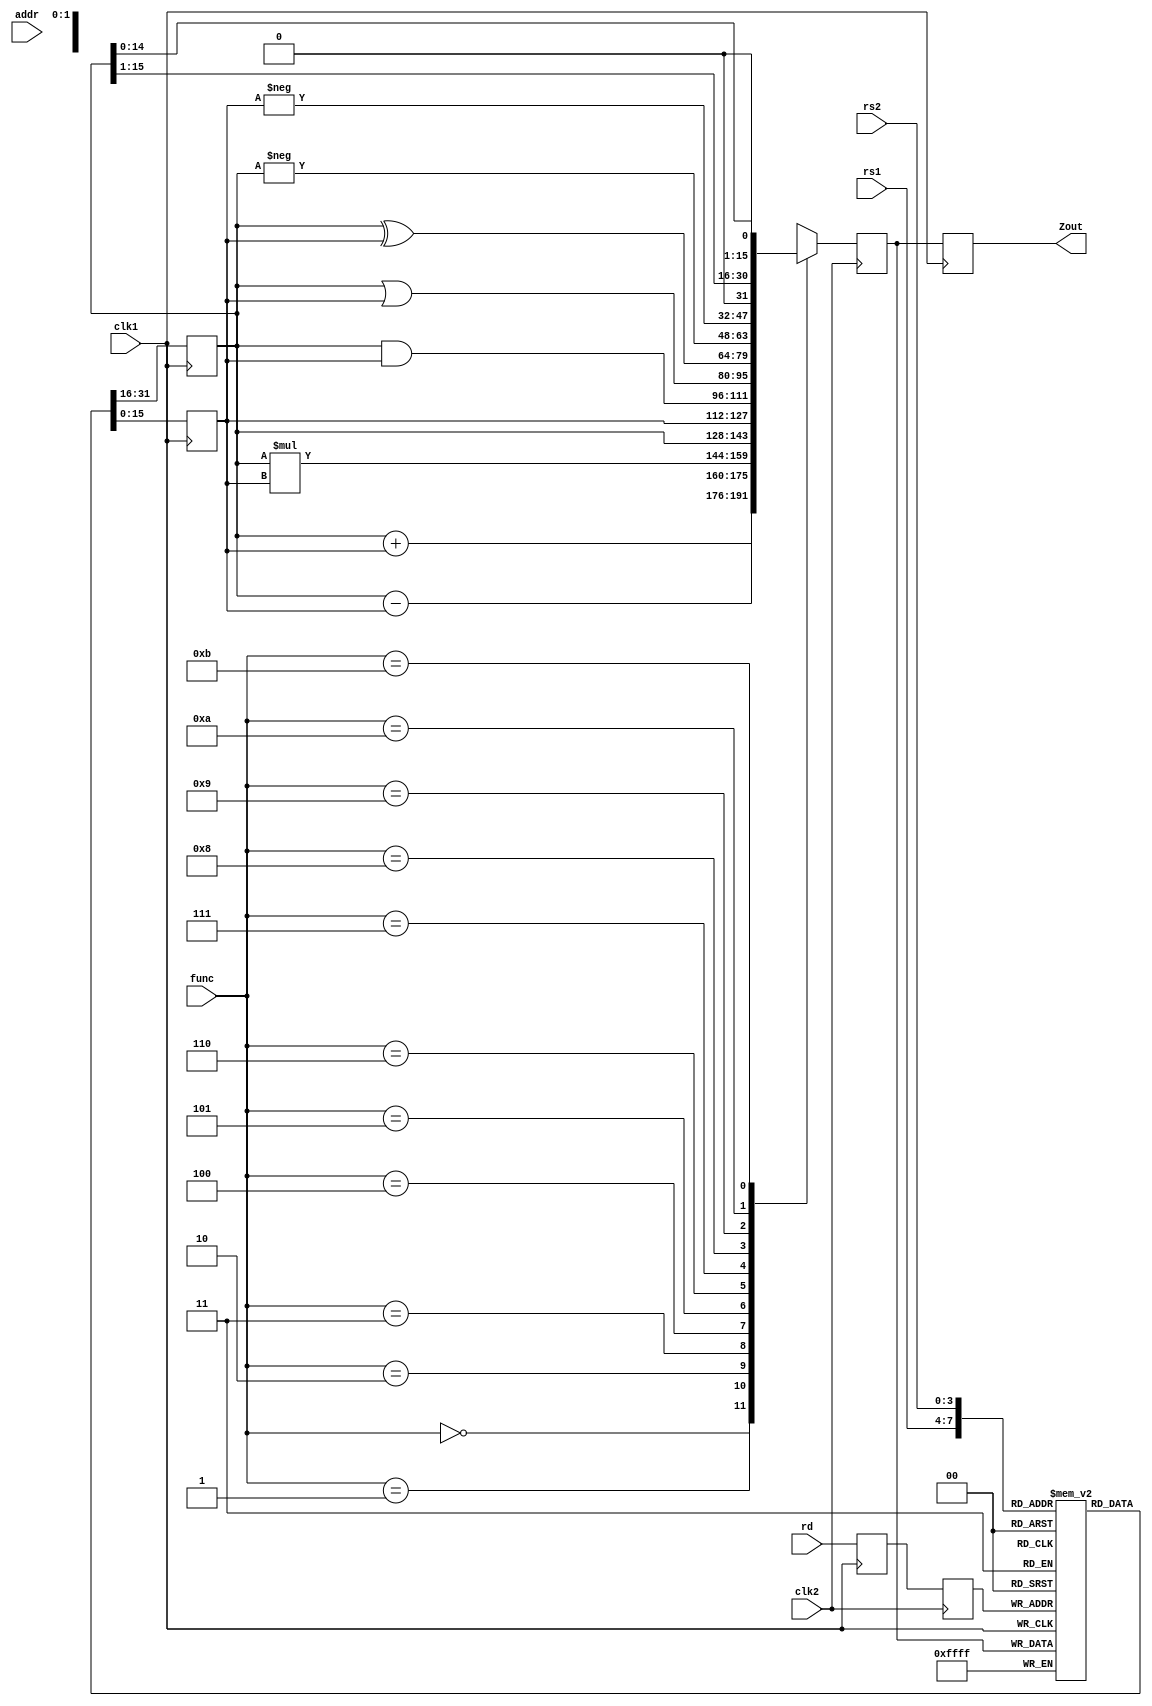
module pipe_ex2 (Zout, rs1, rs2, rd, func, addr, clk1, clk2);
input [3:0] rs1, rs2, rd, func;
input [7:0] addr;
input clk1, clk2; // Two-phase clock
output [15:0] Zout;
reg [15:0] L12_A, L12_B, L23_Z, L34_Z;
reg [3:0] L12_rd, L12_func, L23_rd;
reg [7:0] L12_addr, L23_addr, L34_addr;
reg [15:0] regbank [0:15]; // Register bank
reg [15:0] mem [0:255]; // 256 x 16 memory
assign Zout = L34_Z;

always @(posedge clk1)
begin
  L12_A <= #2 regbank[rs1];
  L12_B <= #2 regbank[rs2];
  L12_rd <= #2 rd;
  L12_func <= #2 func;
  L12_addr <= #2 addr; // ** STAGE 1 **
end

always @(negedge clk2)
begin
case (func)
  0: L23_Z <= #2 L12_A + L12_B;
  1: L23_Z <= #2 L12_A - L12_B;
  2: L23_Z <= #2 L12_A * L12_B;
  3: L23_Z <= #2 L12_A;
  4: L23_Z <= #2 L12_B;
  5: L23_Z <= #2 L12_A & L12_B;
  6: L23_Z <= #2 L12_A | L12_B;
  7: L23_Z <= #2 L12_A ^ L12_B;
  8: L23_Z <= #2 - L12_A;
  9: L23_Z <= #2 - L12_B;
  10: L23_Z <= #2 L12_A >> 1;
  11: L23_Z <= #2 L12_A << 1;
  default: L23_Z <= #2 16'hxxxx;
endcase
L23_rd <= #2 L12_rd;
L23_addr <= #2 L12_addr; // ** STAGE 2 **
end

always @(posedge clk1)
begin
  regbank[L23_rd] <= #2 L23_Z;
  L34_Z <= #2 L23_Z;
  L34_addr <= #2 L23_addr; // ** STAGE 3 **
end
always @(negedge clk2)
begin
  mem[L34_addr] <= #2 L34_Z; // ** STAGE 4 **
end
endmodule